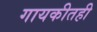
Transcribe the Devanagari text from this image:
गायकीतही